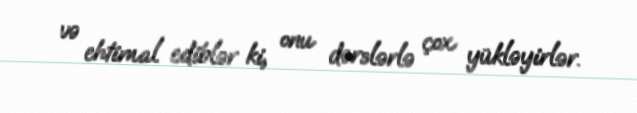
və ehtimal ediblər ki, onu dərslərlə çox yükləyirlər.